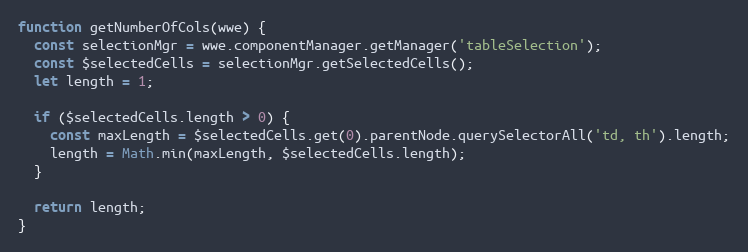
Language: JavaScript
function getNumberOfCols(wwe) {
  const selectionMgr = wwe.componentManager.getManager('tableSelection');
  const $selectedCells = selectionMgr.getSelectedCells();
  let length = 1;

  if ($selectedCells.length > 0) {
    const maxLength = $selectedCells.get(0).parentNode.querySelectorAll('td, th').length;
    length = Math.min(maxLength, $selectedCells.length);
  }

  return length;
}